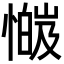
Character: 𫻅